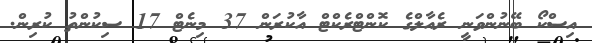
އިސްކޯ ބޭނުންވަނީ ރެއާލްގެ ކޮންޓްރެކްޓް އާކުރަން 37 މިނެޓް 17 ސިކުންތު ކުރިން.